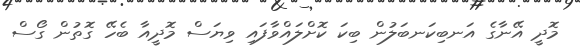
މޮދީ އޭނާގެ އަނބިކަނބަލުން ބިކަ ކޮށްލައްވާފައި ވިޔަސް މޮދީއާ ބެހޭ ގޮތުން ގޯސް